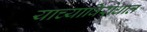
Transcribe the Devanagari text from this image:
याच्याविरोधात